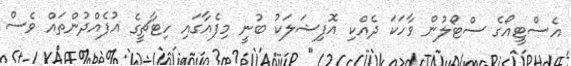
އެސްޓީއޯގެ ސްޓޯލުން ވާހަކަ ދެއްކި އޮފިޝަލަކު ބުނީ މިފެއާގައި ހިޓާޗީގެ އުފެއްދުންތައް ވެސް